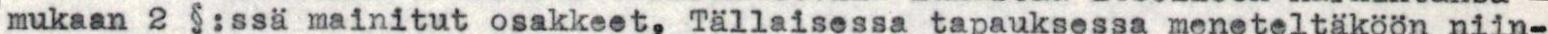
mukaan 2 §:ssä mainitut osakkeet. Tällaisessa tapauksessa meneteltäköön niin-